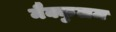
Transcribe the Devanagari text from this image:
मैक्कुलम